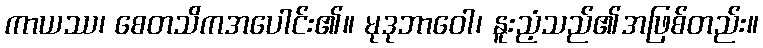
ကာယဿ၊ စေတသိကအပေါင်း၏။ မုဒုဘာဝေါ၊ နူးညံ့သည်၏အဖြစ်တည်း။